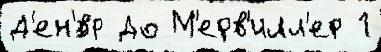
Д'ен'́вр До М'ерв'илл'ер 1